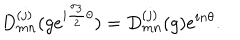
D _ { m n } ^ { ( j ) } ( g e ^ { i { \frac { { \sigma } _ { 3 } } { 2 } } { \theta } } ) = D _ { m n } ^ { ( j ) } ( g ) e ^ { i n { \theta } } .